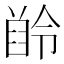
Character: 𪗲